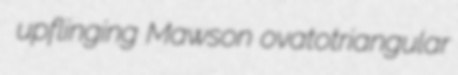
upflinging Mawson ovatotriangular